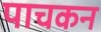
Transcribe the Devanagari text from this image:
पाचकन